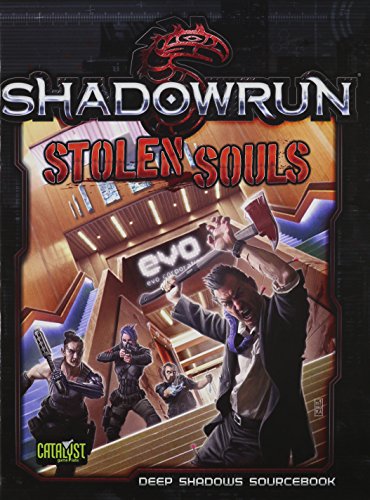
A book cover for Shadowrun Stolen Souls; Science Fiction & Fantasy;